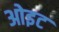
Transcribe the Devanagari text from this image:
ओइट